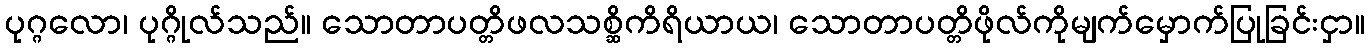
ပုဂ္ဂလော၊ ပုဂ္ဂိုလ်သည်။ သောတာပတ္တိဖလသစ္ဆိကိရိယာယ၊ သောတာပတ္တိဖိုလ်ကိုမျက်မှောက်ပြုခြင်းငှာ။